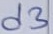
Text: d3